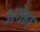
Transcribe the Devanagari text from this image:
अगेहा